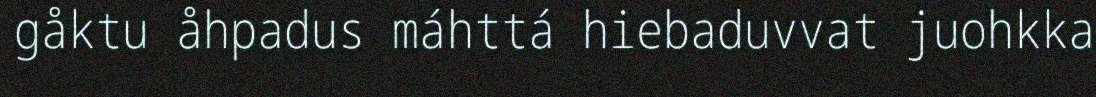
gåktu åhpadus máhttá hiebaduvvat juohkka